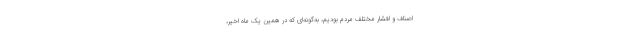
اصناف و اقشار مختلف مردم بودیم، به‌گونه‌ای که در همین یک ماه اخیر،